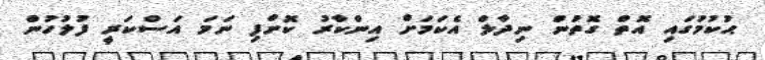
ޙުކުމުގައި އޮތް ގޮތުން ނިދާލް އެކަމަށް އިންކާރު ކޮށްފި ނަމަ އަސްކަރީ ފުލުހުން